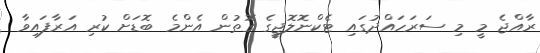
ރާއްޖެ މީ މި ސަރަހައްދުގައި ޓެކްނޮލޮޖީގެ ގޮތުން އެންމެ ބޮޑަށް ކުރި އަރާފައިވާ